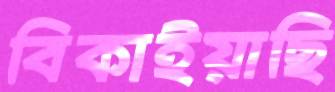
বিকাইয়াছি